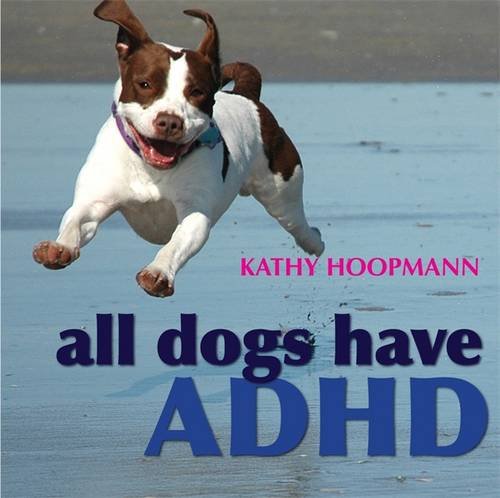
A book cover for All Dogs Have ADHD; Kathy Hoopmann; Medical Books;